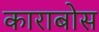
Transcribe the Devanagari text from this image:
काराबोस